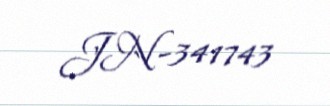
JN-341743